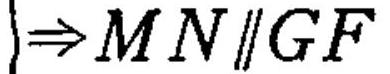
$\Rightarrow MN\parallel GF$